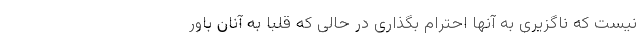
نیست که ناگزیری به آنها احترام بگذاری در حالی که قلباً به آنان باور